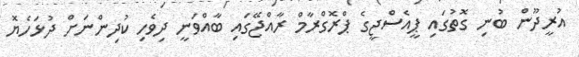
އުރީދޫން ބުނި ގޮތުގައި ޕީއެސްޖީގެ ޕްރޮގްރާމް ރާއްޖޭގައި ބާއްވަނީ ދިވެހި ކުދިންނަށް ދުޅަހެޔޮ